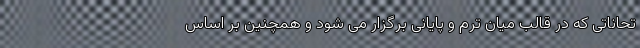
تحاناتی که در قالب میان ترم و پایانی برگزار می شود و همچنین بر اساس